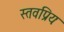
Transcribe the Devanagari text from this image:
स्तवप्रियः